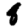
Digit: 8